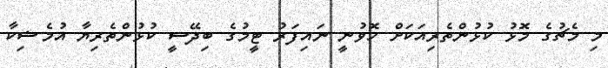
މި މެޗުގެ މޮޅު ކުޅުންތެރިއަކަށް ހޮވުނީ ނައިފަރު ޓީމުގެ ބިދޭސީ ކުޅުންތެރިޔާ އުމެޝިކާ